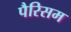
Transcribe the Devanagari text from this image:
पैरिसम